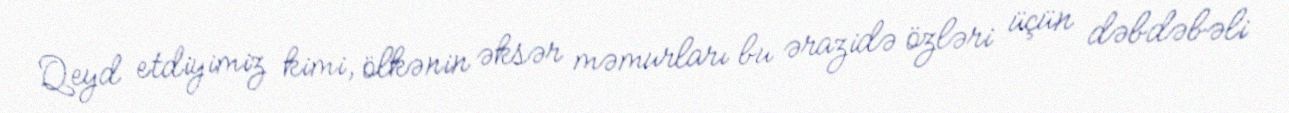
Qeyd etdiyimiz kimi, ölkənin əksər məmurları bu ərazidə özləri üçün dəbdəbəli